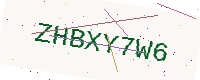
Text: ZHBXY7W6